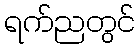
ရက်ညတွင်